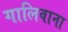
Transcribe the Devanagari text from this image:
गालिवाना